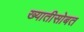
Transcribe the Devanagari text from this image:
ख्यातीसोबत